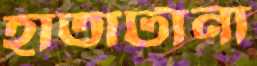
হাতাটানা